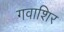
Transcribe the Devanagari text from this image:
गवाशिर